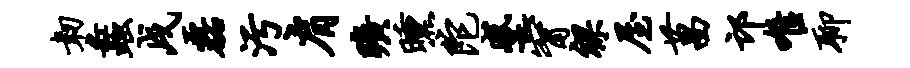
韧蠡戌磊污肩旷曛陀蹙甯裸屋菖邙唯聊